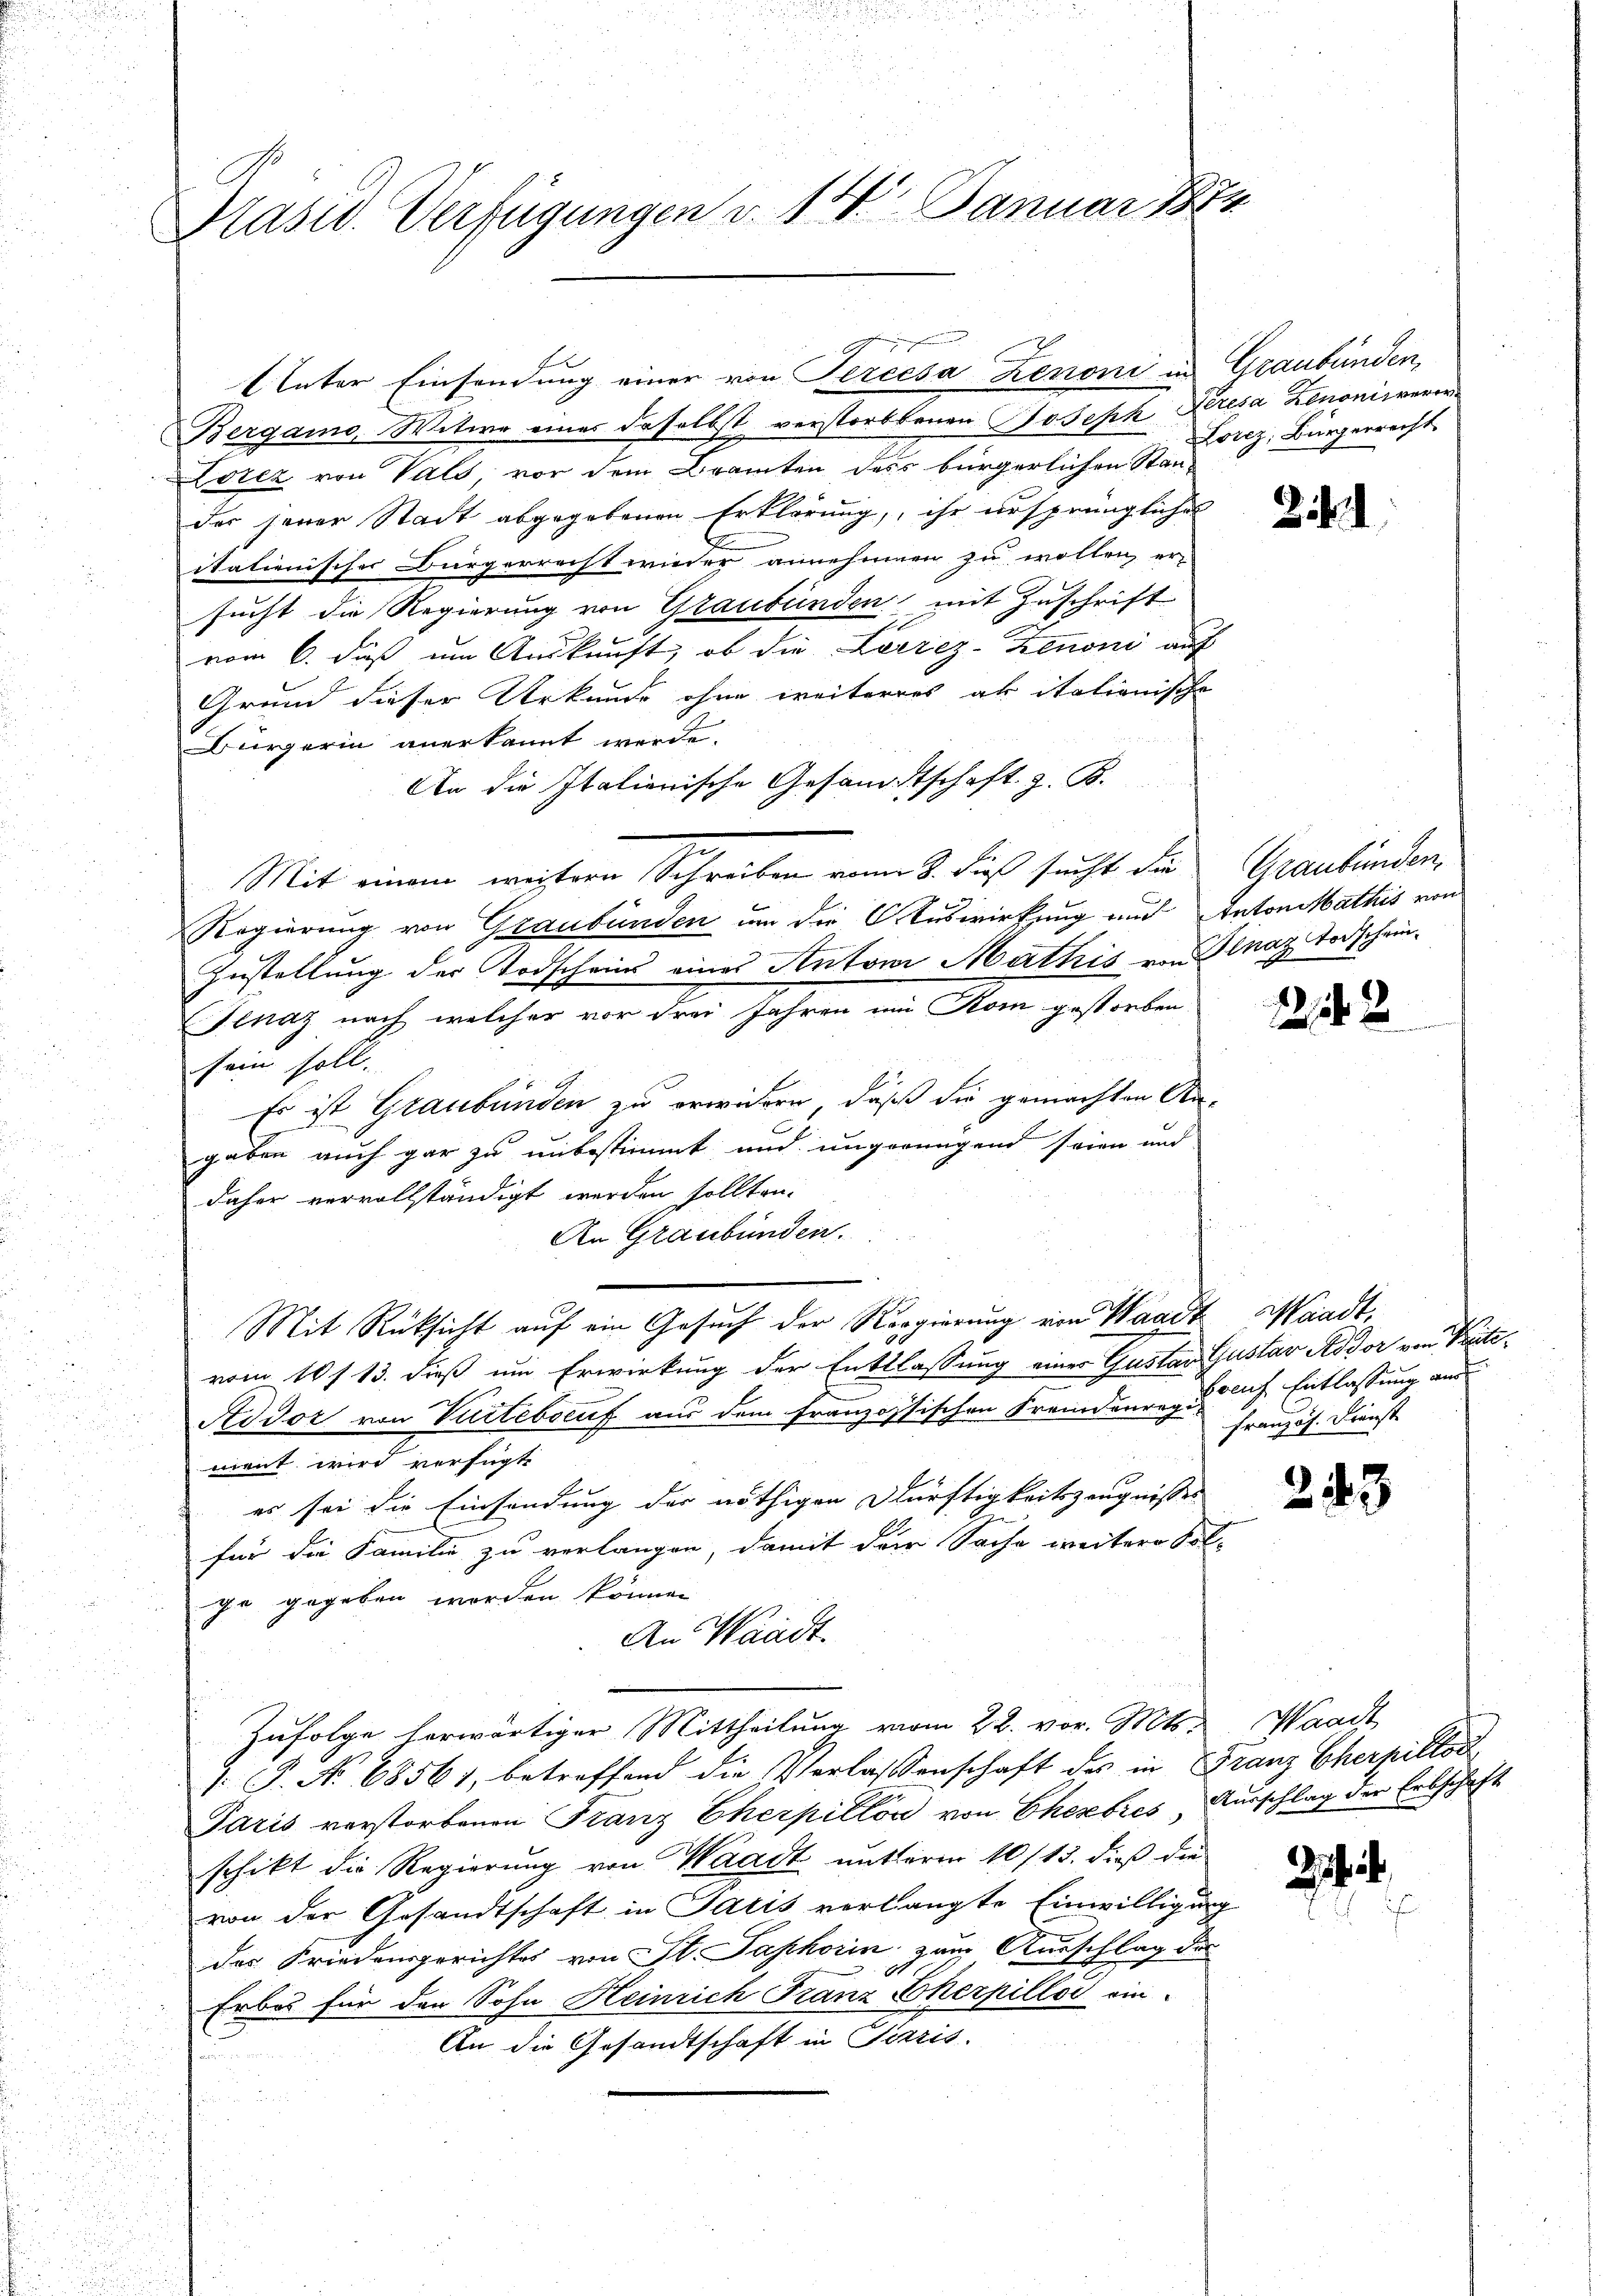
Prasw. Verfügungen d. 14. Januar 1874

Bergamo Witwe einer daselbst verstorbenen Joseph Kresa Zenonisverer
Lorez von Vals, vor dem Bramten dess bürgerlichen Stander jener Stadt abgegebenen Erklärung, ihr ursprüngliches
itationischer Bürgerrecht wieder annehmen zu wollen ersucht die Regierung von Graubünden mit Zuschrift
vom 6. daß im Auskunft, ob die Leerez-Zenoni auf
Grund dieser Urkunde ohne weiterres ak italienische
Bürgerin anerkannt werde.
An die Italienische Gesamtschaft z. B.
Mit einem weiteren Schreiben vom 8. dieß sucht die
Regierung von Graubünden um die Auswirkung und Anton Mathis von
Zustellung der Todschein eines Antone Mathis von Dinaz Todschein¬
Tenaz nach welcher vor drei Jahren ein Kom gestorben
sein soll.
Es ist Graubünden zu erwidern, daß die gemachten Angaben auch gar zu unbestimmt und ungerungend seien und
daher vervollständigt werden sollten.
An Graubünden.
Mit Rüksicht auf ein Gesuch der Regierung von Waadt, Waadt,
vom 10 f 13. dieß um Erwirkung der Entlassung einer Gustav Gustav Addor von Katee
Addor von Vurtebsruf aus dem französischen Fremdenre Brach Entlassung aus
ment wird verfügte
es sei die Einsendung der nöthigen Dürftigkeitszeugnisses
.
für die Familie zu verlangen, damit der Sache weitere Sol-
ge gegeben worden können
An Waadt.
Zufolge herwärtiger Mittheilung vom 22. vor. Mts. Waadt
1. P. No 68561, betreffend die Verlassenschaft des in Franz Cherpillod
Paris verstorbenen Franz Cherpilla von Ehebres, Ausschlag der Erbschaft
schikt die Regierung von Waadt unterm 10/13. dieß die
von der Gesandtschaft in Paris verlangte Einwilligung
das Friedensgerichtes von St. Saphorin zum Ausschlag die
Erbes für den Sohn Heinrich Franz Cherpillos ein¬
An die Gesandtschaft in Terris.
i

Unter Einsendung einer von Percesa Zenoni in Graubünden,

Lotiz, Bürgerrecht

21

Graubünden.

1242

französ. Dienst

25

3